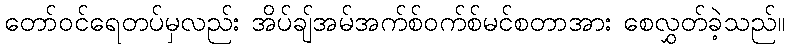
တော်ဝင်ရေတပ်မှလည်း အိပ်ချ်အမ်အက်စ်ဝက်စ်မင်စတာအား စေလွှတ်ခဲ့သည်။